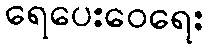
ရေပေးဝေရေး